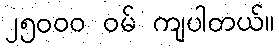
၂၅၀၀၀ ဝမ် ကျပါတယ်။